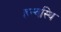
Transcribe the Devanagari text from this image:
हन्वस्थि